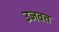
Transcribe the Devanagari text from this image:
उजवत